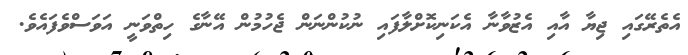
އެތެރޭގައި ޖިޔާ އާއި އެޒުވާނާ އެކަނިކޮށްލާފައި ނުކުންނަން ޖެހުމުން އޭނާގެ ހިތްވަނީ އަވަސްވެފައެވެ.